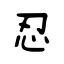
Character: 忍